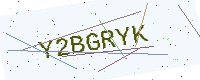
Text: Y2BGRYK